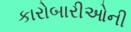
કારોબારીઓની